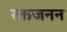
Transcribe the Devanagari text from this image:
रक्तजनन